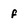
Character: f